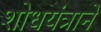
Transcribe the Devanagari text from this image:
शोधयंत्राने